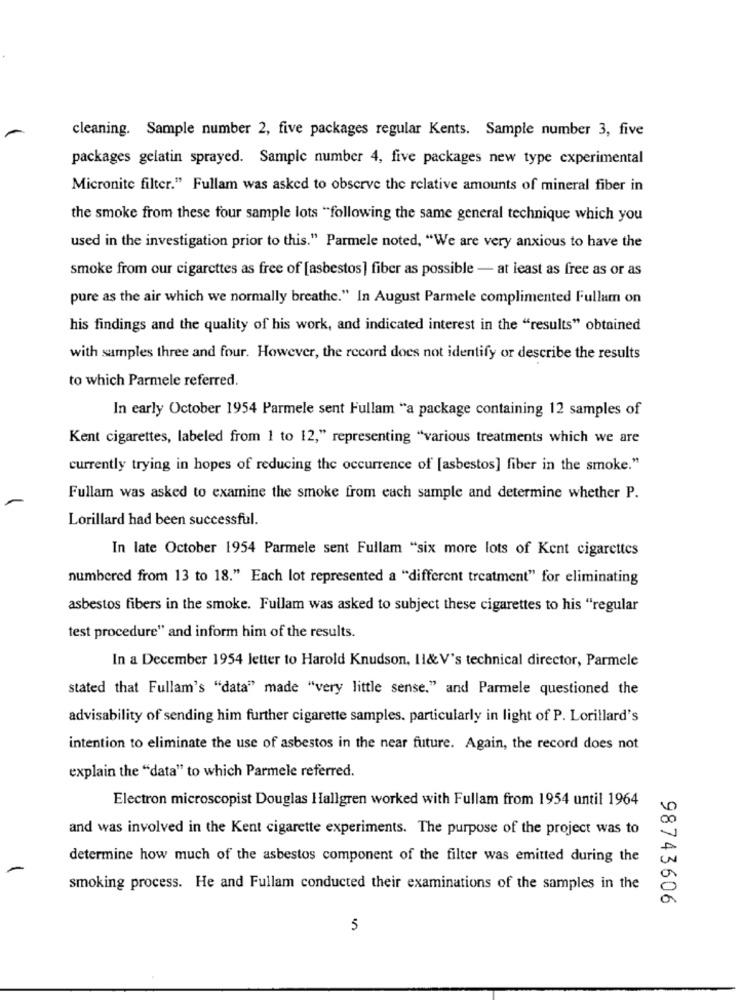
cleaning. Sample number 2, five packages regular Kents. Sample number 3, five
packages gelatin sprayed. Sample number 4, five packages new type experimental
Micronite filter." Fullam was asked to observe the relative amounts of mineral fiber in
the smoke from these four sample lots "following the same general technique which you
used in the investigation prior to this." Parmele noted, "We are very anxious to have the
smoke from our cigarettes as free of [asbestos] fiber as possible - at least as free as or as
pure as the air which we normally breathe." In August Parmele complimented Fullam on
his findings and the quality of his work, and indicated interest in the "results" obtained
with samples three and four. However, the record does not identify or describe the results
to which Parmele referred.
In early October 1954 Parmele sent Fullam "a package containing 12 samples of
Kent cigarettes, labeled from 1 to 12," representing "various treatments which we are
currently trying in hopes of reducing the occurrence of [asbestos] fiber in the smoke."
Fullam was asked to examine the smoke from each sample and determine whether P.
Lorillard had been successful.
In late October 1954 Parmele sent Fullam "six more lots of Kent cigarettes
numbered from 13 to 18." Each lot represented a "different treatment" for eliminating
asbestos fibers in the smoke. Fullam was asked to subject these cigarettes to his "regular
test procedure" and inform him of the results.
In a December 1954 letter to Harold Knudson, 1l& V's technical director, Parmele
stated that Fullam's "data" made "very little sense." and Parmele questioned the
advisability of sending him further cigarette samples. particularly in light of P. Lorillard's
intention to eliminate the use of asbestos in the near future. Again, the record does not
explain the "data" to which Parmele referred.
Electron microscopist Douglas Hallgren worked with Fullam from 1954 until 1964
and was involved in the Kent cigarette experiments. The purpose of the project was to
determine how much of the asbestos component of the filter was emitted during the
smoking process. He and Fullam conducted their examinations of the samples in the
98743606
5